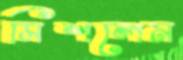
মিশলেন